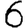
Digit: 6